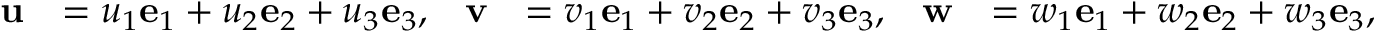
{ \begin{array} { r l r l r l } { \mathbf { u } } & { = u _ { 1 } \mathbf { e } _ { 1 } + u _ { 2 } \mathbf { e } _ { 2 } + u _ { 3 } \mathbf { e } _ { 3 } , } & { \mathbf { v } } & { = v _ { 1 } \mathbf { e } _ { 1 } + v _ { 2 } \mathbf { e } _ { 2 } + v _ { 3 } \mathbf { e } _ { 3 } , } & { \mathbf { w } } & { = w _ { 1 } \mathbf { e } _ { 1 } + w _ { 2 } \mathbf { e } _ { 2 } + w _ { 3 } \mathbf { e } _ { 3 } , } \end{array} }